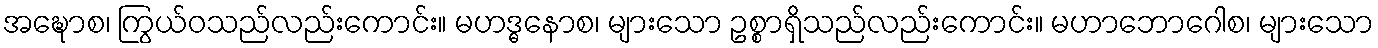
အဍ္ဎောစ၊ ကြွယ်ဝသည်လည်းကောင်း။ မဟဒ္ဓနောစ၊ များသော ဥစ္စာရှိသည်လည်းကောင်း။ မဟာဘောဂေါစ၊ များသော